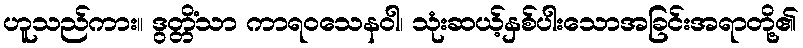
ဟူသည်ကား။ ဒွတ္တိံသာ ကာရဝသေနဝါ၊ သုံးဆယ့်နှစ်ပါးသောအခြင်းအရာတို့၏